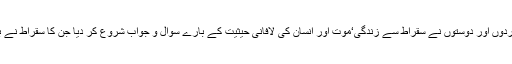
اس کے ارد گرد بیٹھے شاگردوں اور دوستوں نے سقراط سے زندگی‘موت اور انسان کی لافانی حیثیت کے بارے سوال و جواب شروع کر دیا جن کا سقراط نے بڑے اطمینان سے جواب دیا۔